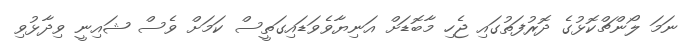
ނަމަ ލޯންޗްކޮޅުގެ ދޮރުފަތުގައި ޖެހި މާބޮޑަށް އަނިޔާވެވަޑައިގަތީސް ކަމަށް ވެސް ޝައިނީ ވިދާޅުވި